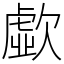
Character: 歔